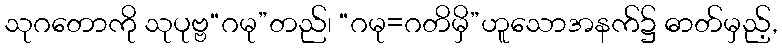
သုဂတောကို သုပုဗ္ဗ“ဂမု”တည်၊ “ဂမု=ဂတိမှိ”ဟူသောအနက်၌ ဓာတ်မှည့်,